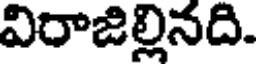
విరాజిల్లినది.